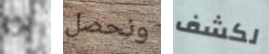
إذا ونحصل لكشف